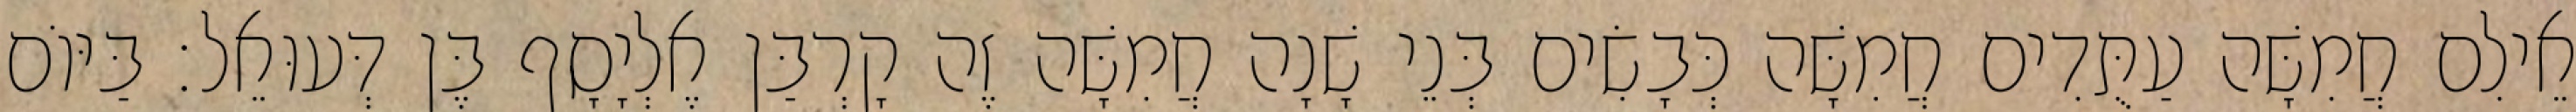
אֵילִם חֲמִשָּׁה עַתֻּדִים חֲמִשָּׁה כְּבָשִׂים בְּנֵי שָׁנָה חֲמִשָּׁה זֶה קָרְבַּן אֶלְיָסָף בֶּן דְּעוּאֵל׃ בַּיּוֹם